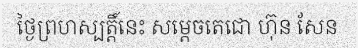
ថ្ងៃព្រហស្បត្តិ៍នេះ សម្តេចតេជោ ហ៊ុន សែន